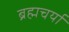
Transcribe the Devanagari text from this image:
ब्रह्मचर्या